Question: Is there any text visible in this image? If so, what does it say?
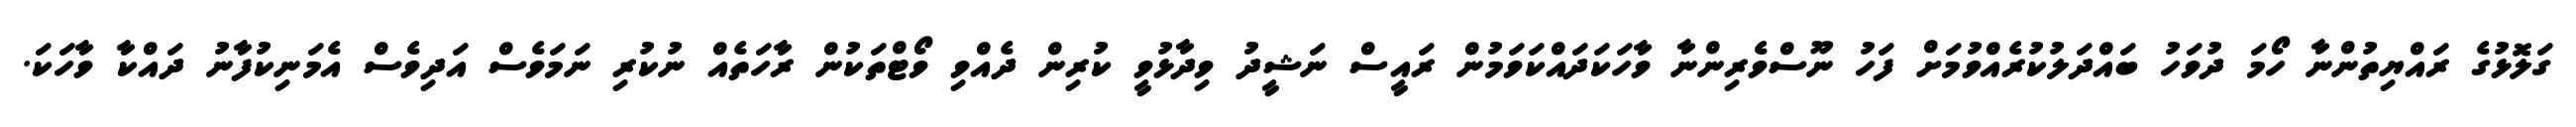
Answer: ގަލޮޅުގެ ރައްޔިތުންނާ ހޯމަ ދުވަހު ބައްދަލުކުރެއްވުމަށް ފަހު ނޫސްވެރިންނާ ވާހަކަދައްކަވަމުން ރައީސް ނަޝީދު ވިދާޅުވީ ކުރިން ދެއްވި ވޯޓްތަކުން ރާހަތެއް ނުކުރި ނަމަވެސް އަދިވެސް އެމަނިކުފާނު ދައްކާ ވާހަކަ.